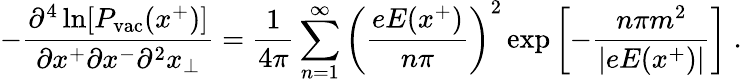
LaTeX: -{\frac{\partial^{4}\ln[P_{\mathrm{vac}}(x^{+})]}{\partial x^{+}\partial x^{-}\partial^{2}x_{\bot}}}={\frac{1}{4\pi}}\sum_{n=1}^{\infty}\left({\frac{eE(x^{+})}{n\pi}}\right)^{2}\exp\left[-{\frac{n\pi m^{2}}{\vert eE(x^{+})\vert}}\right]\; .